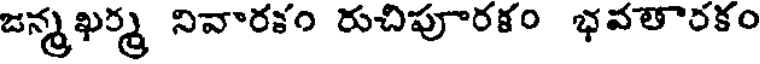
జన్మ ఖర్మ నివారకం రుచిపూరకం భవతారకం